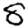
Digit: 5